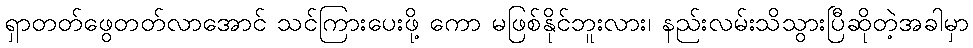
ရှာတတ်ဖွေတတ်လာအောင် သင်ကြားပေးဖို့ ကော မဖြစ်နိုင်ဘူးလား၊ နည်းလမ်းသိသွားပြီဆိုတဲ့အခါမှာ